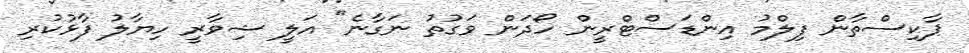
ޕާކިސްތާން ފިލްމު އިންޑަސްޓްރީން ހޯދަން ވަގުތު ނަގާނެ" އަލީ ޝިވާރީ ހިޔާލު ފާޅުކުރި